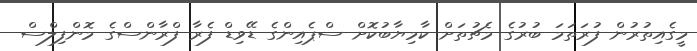
މީގެއިތުރުން ފުރަތަމަ ބުރުގެ މެޗުތަށް ކާމިޔާބުކޮށް ސްޕެއިންގެ ޑޭވިޑް ފެރާ ފްރާންސްގެ މޮންފިލްސް